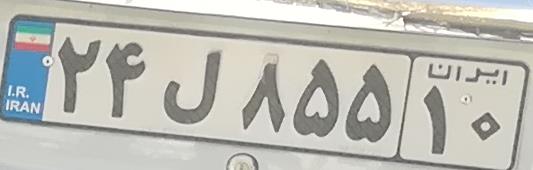
۲۴ل۸۵۵۱۰